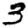
Digit: 3